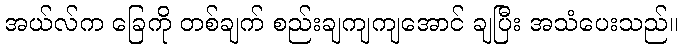
အယ်လ်က ခြေကို တစ်ချက် စည်းချကျကျအောင် ချပြီး အသံပေးသည်။